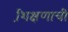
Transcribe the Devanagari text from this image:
शि़क्षणाची